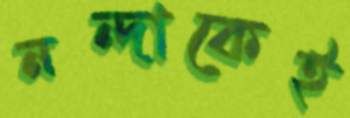
নন্দাকেই